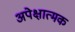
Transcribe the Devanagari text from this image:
अपेक्षात्मक